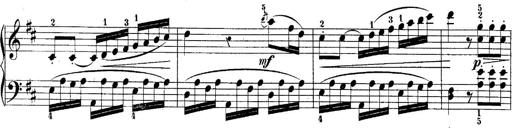
Title: 10 Sonatines progressives
Composer: Anton Schmoll